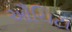
ઔચિટા